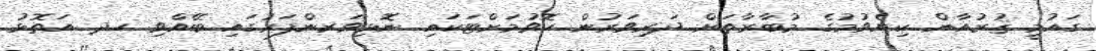
ގައުމީ ޤުރުއާން ކިޔެވުމުގެ މުބާރާތަށް ދަރިވަރުން ހޮވުމަށްޓަކައި ނޮޅިވަރންފަރުގައި ބޭއްވި ހދ އަތޮޅު